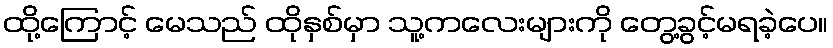
ထို့ကြောင့် မေသည် ထိုနှစ်မှာ သူ့ကလေးများကို တွေ့ခွင့်မရခဲ့ပေ။